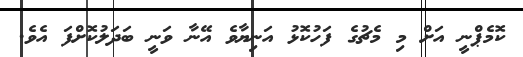
ކޮމެޕްނީ އަށް މި މެޗުގެ ފަހުކޮޅު އަނިޔާވެ އޭނާ ވަނީ ބަދަލުކޮށްފަ އެވެ.